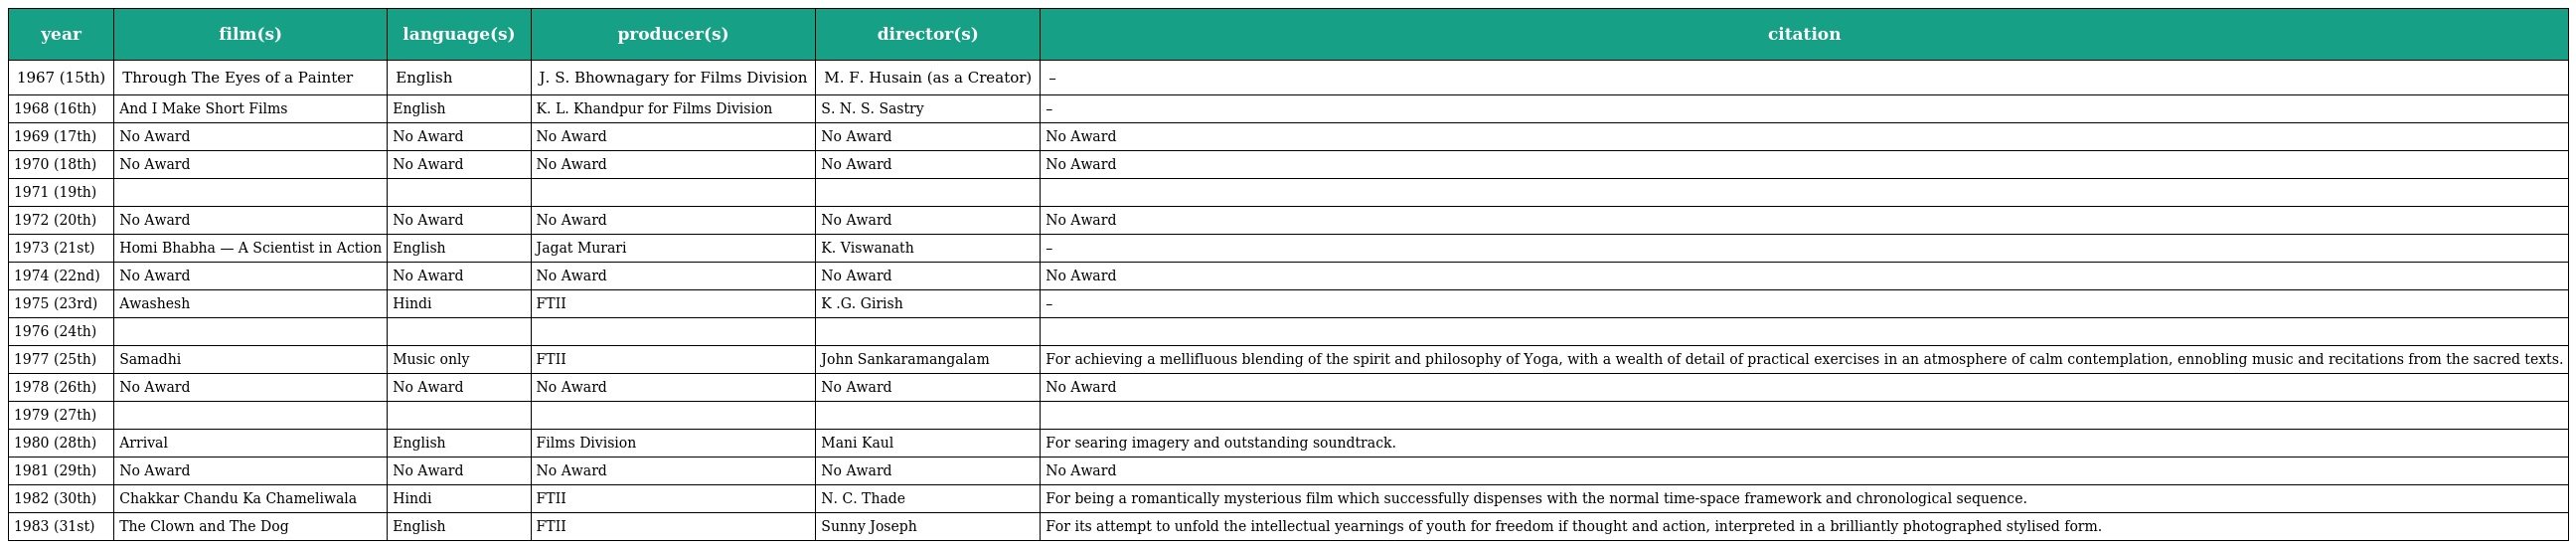
| year | film(s) | language(s) | producer(s) | director(s) | citation |
 | --- | --- | --- | --- | --- | --- |
 | 1967 (15th) | Through The Eyes of a Painter | English | J. S. Bhownagary for Films Division | M. F. Husain (as a Creator) | – |
 | 1968 (16th) | And I Make Short Films | English | K. L. Khandpur for Films Division | S. N. S. Sastry | – |
 | 1969 (17th) | No Award | No Award | No Award | No Award | No Award |
 | 1970 (18th) | No Award | No Award | No Award | No Award | No Award |
 | 1971 (19th) |  |  |  |  |  |
 | 1972 (20th) | No Award | No Award | No Award | No Award | No Award |
 | 1973 (21st) | Homi Bhabha — A Scientist in Action | English | Jagat Murari | K. Viswanath | – |
 | 1974 (22nd) | No Award | No Award | No Award | No Award | No Award |
 | 1975 (23rd) | Awashesh | Hindi | FTII | K .G. Girish | – |
 | 1976 (24th) |  |  |  |  |  |
 | 1977 (25th) | Samadhi | Music only | FTII | John Sankaramangalam | For achieving a mellifluous blending of the spirit and philosophy of Yoga, with a wealth of detail of practical exercises in an atmosphere of calm contemplation, ennobling music and recitations from the sacred texts. |
 | 1978 (26th) | No Award | No Award | No Award | No Award | No Award |
 | 1979 (27th) |  |  |  |  |  |
 | 1980 (28th) | Arrival | English | Films Division | Mani Kaul | For searing imagery and outstanding soundtrack. |
 | 1981 (29th) | No Award | No Award | No Award | No Award | No Award |
 | 1982 (30th) | Chakkar Chandu Ka Chameliwala | Hindi | FTII | N. C. Thade | For being a romantically mysterious film which successfully dispenses with the normal time-space framework and chronological sequence. |
 | 1983 (31st) | The Clown and The Dog | English | FTII | Sunny Joseph | For its attempt to unfold the intellectual yearnings of youth for freedom if thought and action, interpreted in a brilliantly photographed stylised form. |